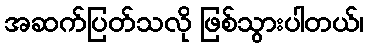
အဆက်ပြတ်သလို ဖြစ်သွားပါတယ်၊